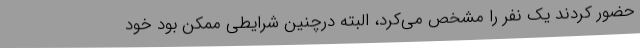
حضور کردند یک نفر را مشخص می‌کرد، البته درچنین شرایطی ممکن بود خود